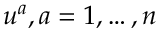
u ^ { a } , a = 1 , \ldots , n